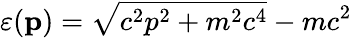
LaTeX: \varepsilon(\mathbf{p})=\sqrt{c^{2}p^{2}+m^{2}c^{4}}-mc^{2}